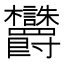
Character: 𬅜